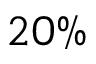
2 0 \%